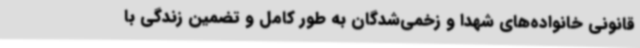
قانونی خانواده‌های شهدا و زخمی‌شدگان به طور کامل و تضمین زندگی با